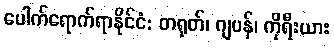
ပေါက်ရောက်ရာနိုင်ငံ: တရုတ်၊ ဂျပန်၊ ကိုရီးယား